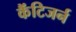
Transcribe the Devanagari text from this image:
कैंटिजर्न